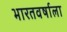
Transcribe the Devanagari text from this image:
भारतवर्षाला